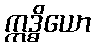
ဣဒ္ဓိယော